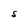
Character: S